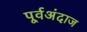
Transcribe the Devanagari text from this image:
पूर्वअंदाज